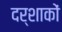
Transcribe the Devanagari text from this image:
दर्शाकों